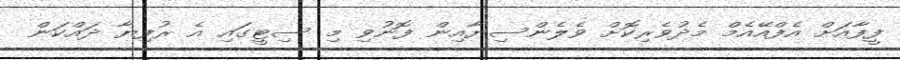
ފީފާއަށް އެފްއޭއެމް މެދުވެރިކޮށް ވެލެންސިޔާއިން ފޮނުވި މި ސިޓީގައި އެ ރުފިޔާ ދައްކަން